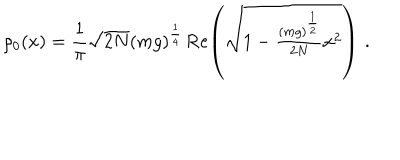
\rho _ { 0 } ( x ) = \frac { 1 } { \pi } \sqrt { 2 N } ( m g ) ^ { \frac { 1 } { 4 } } \, \mathrm { R e } \! \left( \sqrt { 1 - \textstyle { \frac { ( m g ) ^ { \frac { 1 } { 2 } } } { 2 N } } x ^ { 2 } } \right) \, .